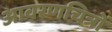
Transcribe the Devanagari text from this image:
आवरणचित्रों